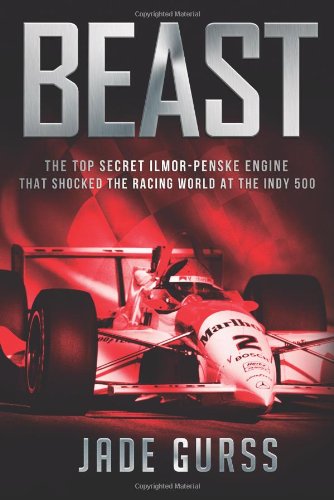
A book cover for Beast; Jade Gurss; Engineering & Transportation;